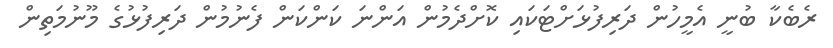
ރެބެކާ ބުނީ އެމީހުން ދަރިފުޅަށްޓަކައި ކޮށްދެމުން އަންނަ ކަންކަން ފެނުމުން ދަރިފުޅުގެ މޫނުމަތިން